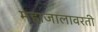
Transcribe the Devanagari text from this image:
महाजालावरती